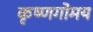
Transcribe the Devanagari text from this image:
कृष्णगोमय